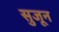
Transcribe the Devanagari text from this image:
सुजून